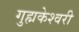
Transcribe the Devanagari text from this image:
गुह्मकेश्वरी